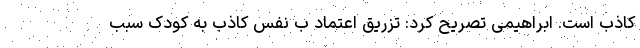
کاذب است. ابراهیمی تصریح کرد: تزریق اعتماد ب نفس کاذب به کودک سبب